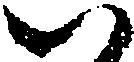
い